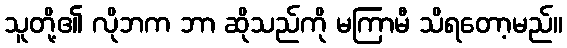
သူတို့၏ လိုဘက ဘာ ဆိုသည်ကို မကြာမီ သိရတော့မည်။